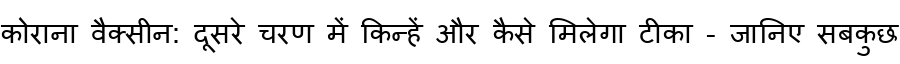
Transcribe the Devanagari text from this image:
कोराना वैक्सीन: दूसरे चरण में किन्हें और कैसे मिलेगा टीका - जानिए सबकुछ